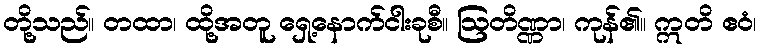
တို့သည်။ တထာ၊ ထို့အတူ ရှေ့နောက်ငါးခုစီ။ ဩတိဏ္ဏာ၊ ကုန်၏။ ဣတိ ဧဝံ၊